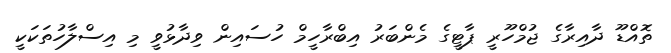
ތޮއްޑޫ ދާއިރާގެ ޖުމްހޫރީ ޕާޓީގެ މެންބަރު އިބްރާހީމް ހުސައިން ވިދާޅުވީ މި އިސްލާހުތަކަކީ